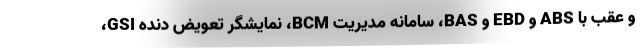
و عقب با ABS و EBD و BAS، سامانه مدیریت BCM، نمایشگر تعویض دنده GSI،